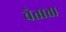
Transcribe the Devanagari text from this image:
चेताता